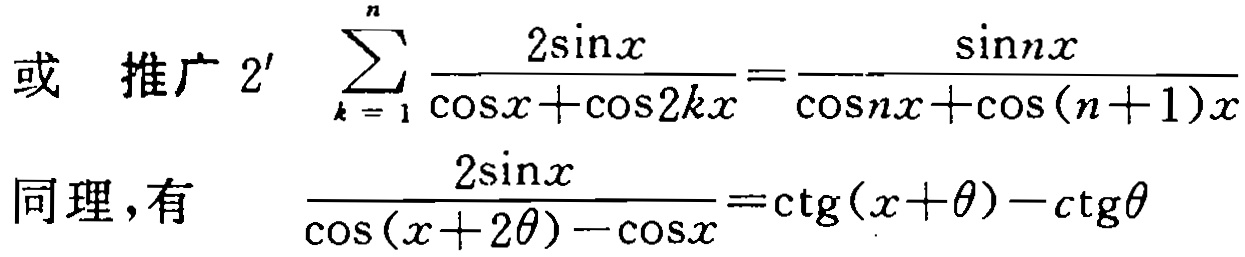
或 推广 \(2'\) \(\sum_{k = 1}^{n} \frac{2\sin x}{\cos x+\cos 2kx}=\frac{\sin nx}{\cos nx+\cos (n + 1)x}\)
同理，有 \(\frac{2\sin x}{\cos (x + 2\theta)-\cos x}=\text{ctg}(x+\theta)-\text{ctg}\theta\)